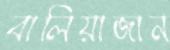
বালিয়াজান